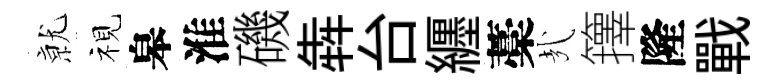
𭕒视皋淮磯犇台纒藁㢤籜隆戰